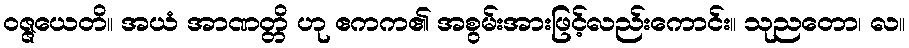
ဝဇ္ဇယေတိ။ အယံ အာဏတ္တိ ဟု ဧကက၏ အစွမ်းအားဖြင့်လည်းကောင်း။ သုညတော၊ လ။